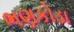
ભણકોડા